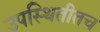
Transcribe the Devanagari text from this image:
उपस्थितीतच